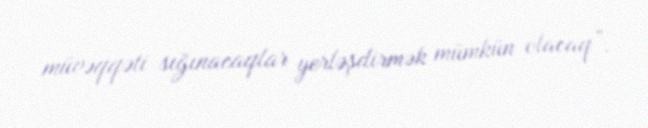
müvəqqəti sığınacaqlar yerləşdirmək mümkün olacaq”.